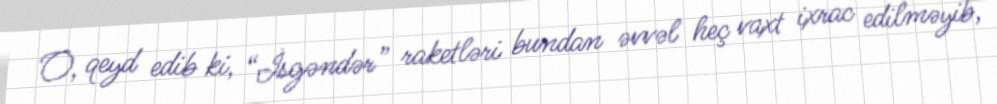
O, qeyd edib ki, “İsgəndər” raketləri bundan əvvəl heç vaxt ixrac edilməyib,